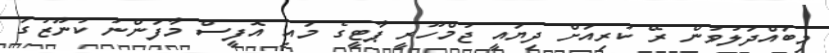
މިބައްދަލުވުން ރޭ ކުރިއަށް ދިޔައީ ޖުމްހޫރީ ޕާޓީގެ މައި އޮފީސް މާފަންނު ކުނޫޒުގަ